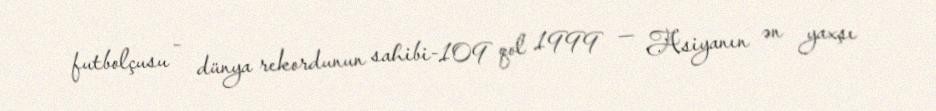
futbolçusu - dünya rekordunun sahibi-109 qol 1999 — Asiyanın ən yaxşı